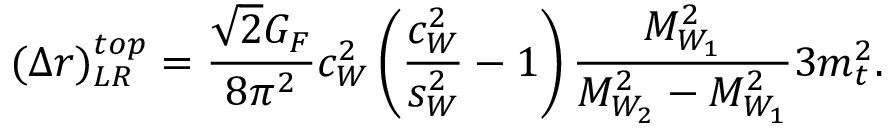
( \Delta r ) _ { L R } ^ { t o p } = \frac { \sqrt { 2 } G _ { F } } { 8 \pi ^ { 2 } } c _ { W } ^ { 2 } \left( \frac { c _ { W } ^ { 2 } } { s _ { W } ^ { 2 } } - 1 \right) \frac { M _ { W _ { 1 } } ^ { 2 } } { M _ { W _ { 2 } } ^ { 2 } - M _ { W _ { 1 } } ^ { 2 } } 3 m _ { t } ^ { 2 } .